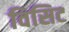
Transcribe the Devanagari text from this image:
विसिट